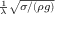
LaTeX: \scriptstyle { \frac { 1 } { \lambda } } { \sqrt { \sigma / ( \rho g ) } }